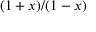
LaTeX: ( 1 + x ) / ( 1 - x )